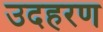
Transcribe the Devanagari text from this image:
उदहरण